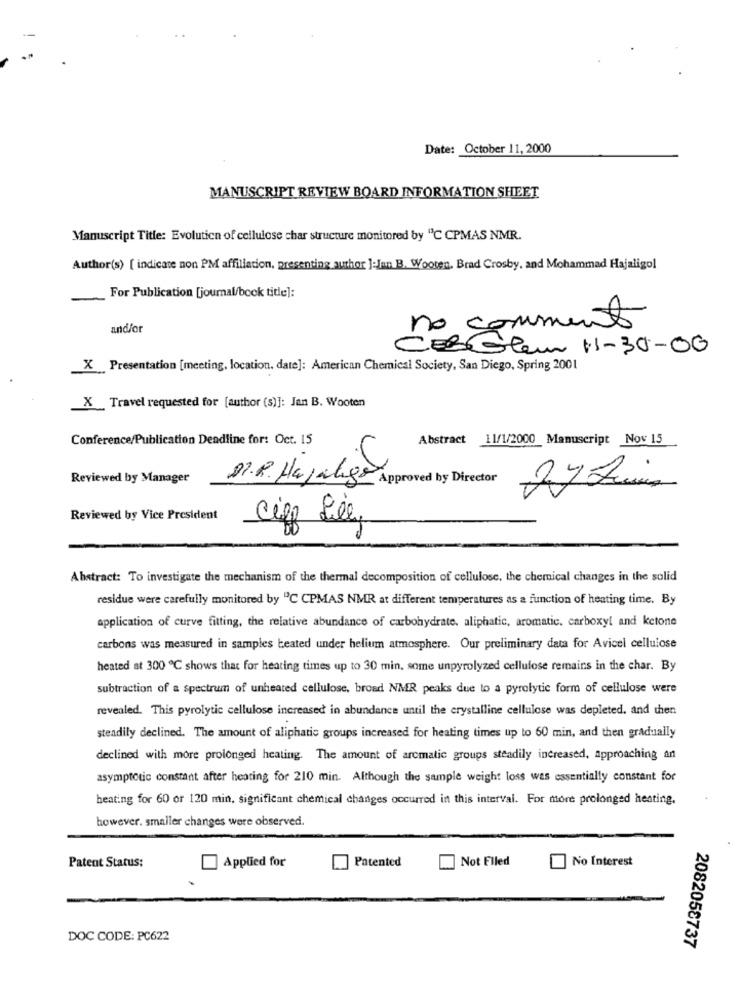
Date: October 11, 2000
MANUSCRIPT REVIEW BOARD INFORMATION SHEET
Manuscript Title: Evolution of cellulose char structure monitored by "C CPMAS NMR.
Author(s) [ indicate non PM affiliation, presenting author ]-Jan B. Wooten, Brad Crosby, and Mohammad Hajaligol
For Publication [journal/book tide]:
and/or
no comment
CEBGleur 11-30-06
X Presentation [meeting, location, date]: American Chemical Society, San Diego, Spring 2001
X Travel requested for [author (s)]: Jan B. Wooten
Conference/Publication Deadline for: Oct. 15
Abstract 11/1/2000 Manuscript Nov 15
Reviewed by Manager
DI.R. Hajalgo Approved by Director
Reviewed by Vice President
cipp Sill,
Abstract: To investigate the mechanism of the thermal decomposition of cellulose, the chemical changes in the solid
residue were carefully monitored by "C CPMAS NMR at different temperatures as a function of heating time. By
application of curve fitting, the relative abundance of carbohydrate, aliphatic, aromatic. carboxyl and ketone
carbons was measured in samples beated under helium atmosphere. Our preliminary data for Avicel cellulose
heated at 300 ℃ shows that for hearing times up to 30 min, some unpyrolyzed cellulose remains in the char. By
subtraction of a spectrum of unheated cellulose, broad NMR peaks due to a pyrolytic form of cellulose were
revealed. This pyrolytic cellulose increased in abundance until the crystalline cellulose was depleted, and then
steadily declined. The amount of aliphatic groups increased for heating times up to 60 min, and then gradually
declined with more prolonged heating. The amount of arcmatic groups steadily increased, approaching an
asymptotic constant after heating for 210 min. Although the sample weight loss was essentially constant for
heating for 60 or 120 min, significant chemical changes occurred in this interval. For more prolonged heating.
however. smaller changes were observed.
Patent Status:
Patented
Not Filed
No Interest
Applied for
DOC CODE: PC622
2082058737